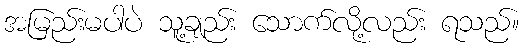
အမြည်းမပါပဲ သူ့ချည်း သောက်လို့လည်း ရသည်။